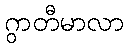
ဂွာတီမာလာ